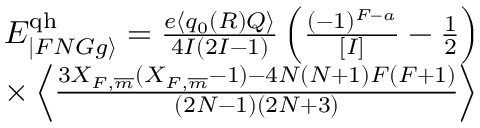
\begin{array} { r l } & { E _ { | F N G g \rangle } ^ { \mathrm { q h } } = \frac { e \langle q _ { 0 } ( R ) Q \rangle } { 4 I ( 2 I - 1 ) } \left( \frac { ( - 1 ) ^ { F - a } } { [ I ] } - \frac { 1 } { 2 } \right) } \\ & { \times \left\langle \frac { 3 X _ { F , \overline { { m } } } ( X _ { F , \overline { { m } } } - 1 ) - 4 N ( N + 1 ) F ( F + 1 ) } { ( 2 N - 1 ) ( 2 N + 3 ) } \right\rangle } \end{array}